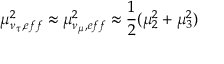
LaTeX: \mu _ { \nu _ { \tau } , e f f } ^ { 2 } \approx \mu _ { \nu _ { \mu } , e f f } ^ { 2 } \approx \frac { 1 } { 2 } ( \mu _ { 2 } ^ { 2 } + \mu _ { 3 } ^ { 2 } )